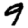
Digit: 9